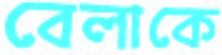
বেলাকে